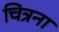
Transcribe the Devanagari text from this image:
चित्रना